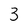
Character: 3